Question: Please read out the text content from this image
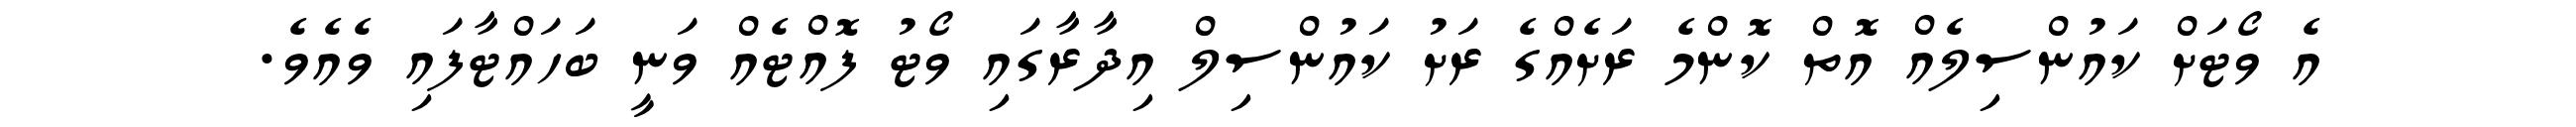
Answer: އެ ވޯޓަށް ކައުންސިލެއް އޮތް ކޮންމެ ރަށެއްގެ ރަށު ކައުންސިލް އިދާރާގައި ވޯޓު ފޮއްޓެއް ވަނީ ބަހައްޓާފައި ވެއެވެ.